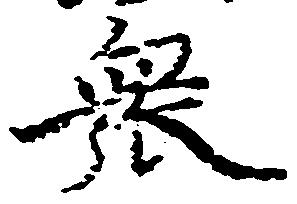
衆